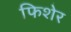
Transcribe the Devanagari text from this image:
फिशेर